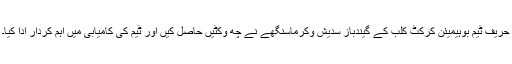
حریف ٹیم بوہیمیئن کرکٹ کلب کے گیندباز سدیش وکرماسنگھے نے چھ وکٹیں حاصل کیں اور ٹیم کی کامیابی میں اہم کردار ادا کیا۔